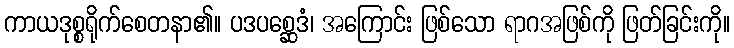
ကာယဒုစ္စရိုက်စေတနာ၏။ ပဒပစ္ဆေဒံ၊ အကြောင်း ဖြစ်သော ရာဂအဖြစ်ကို ဖြတ်ခြင်းကို။